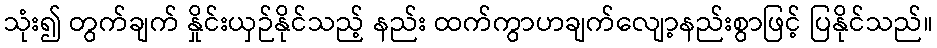
သုံး၍ တွက်ချက် နှိုင်းယှဉ်နိုင်သည့် နည်း ထက်ကွာဟချက်လျော့နည်းစွာဖြင့် ပြနိုင်သည်။